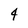
Character: 4